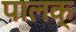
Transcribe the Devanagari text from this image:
पालक्